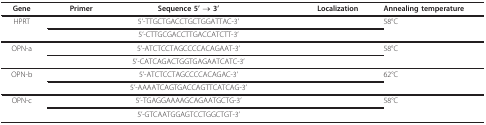
<table><thead><tr><td><b>Gene</b></td><td><b>Primer</b></td><td><b>Sequence 5' → 3'</b></td><td>[EMPTY_CELL]</td><td><b>Localization</b></td><td><b>Annealing temperature</b></td></tr></thead><tbody><tr><td>HPRT</td><td>[EMPTY_CELL]</td><td>5'-TTGCTGACCTGCTGGATTAC-3'</td><td>[EMPTY_CELL]</td><td>[EMPTY_CELL]</td><td>58°C</td></tr><tr><td>[EMPTY_CELL]</td><td>[EMPTY_CELL]</td><td>5'-CTTGCGACCTTGACCATCTT-3'</td><td>[EMPTY_CELL]</td><td>[EMPTY_CELL]</td><td>[EMPTY_CELL]</td></tr><tr><td>OPN-a</td><td>[EMPTY_CELL]</td><td>5'-ATCTCCTAGCCCCACAGAAT-3'</td><td>[EMPTY_CELL]</td><td>[EMPTY_CELL]</td><td>58°C</td></tr><tr><td>[EMPTY_CELL]</td><td>[EMPTY_CELL]</td><td>5'-CATCAGACTGGTGAGAATCATC-3'</td><td>[EMPTY_CELL]</td><td>[EMPTY_CELL]</td><td>[EMPTY_CELL]</td></tr><tr><td>OPN-b</td><td>[EMPTY_CELL]</td><td>5'-ATCTCCTAGCCCCACAGAC-3'</td><td>[EMPTY_CELL]</td><td>[EMPTY_CELL]</td><td>62°C</td></tr><tr><td>[EMPTY_CELL]</td><td>[EMPTY_CELL]</td><td>5'-AAAATCAGTGACCAGTTCATCAG-3'</td><td>[EMPTY_CELL]</td><td>[EMPTY_CELL]</td><td>[EMPTY_CELL]</td></tr><tr><td>OPN-c</td><td>[EMPTY_CELL]</td><td>5'-TGAGGAAAAGCAGAATGCTG-3'</td><td>[EMPTY_CELL]</td><td>[EMPTY_CELL]</td><td>58°C</td></tr><tr><td>[EMPTY_CELL]</td><td>[EMPTY_CELL]</td><td>5'-GTCAATGGAGTCCTGGCTGT-3'</td><td>[EMPTY_CELL]</td><td>[EMPTY_CELL]</td><td>[EMPTY_CELL]</td></tr></tbody></table>